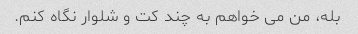
بله، من می خواهم به چند کت و شلوار نگاه کنم.